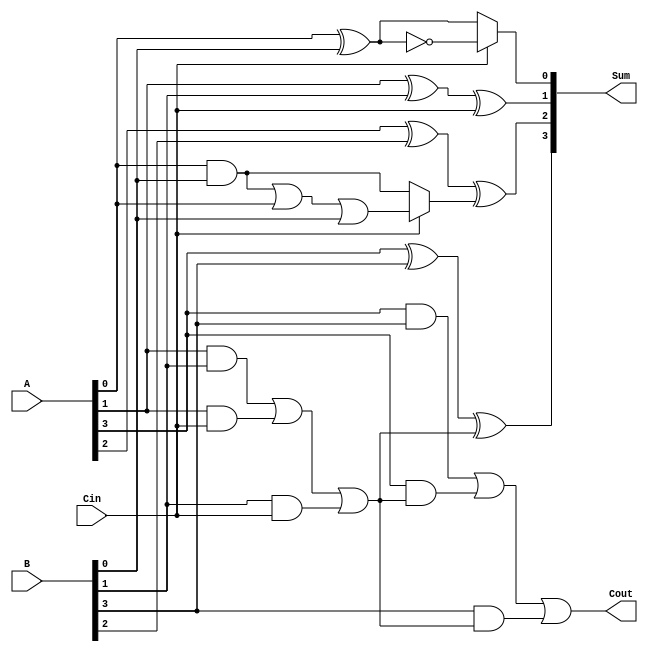
module DynamicCarrySelectAdder #(
    parameter WIDTH = 4 // Parameter for bit-width
)(
    input [WIDTH-1:0] A,     // First operand
    input [WIDTH-1:0] B,     // Second operand
    input Cin,                // Carry input
    output [WIDTH-1:0] Sum,   // Sum output
    output Cout               // Carry output
);

    // Internal signals
    wire [WIDTH-1:0] Sum0;   // Sum when carry-in is 0
    wire [WIDTH-1:0] Sum1;   // Sum when carry-in is 1
    wire [WIDTH-1:0] Cout0;   // Carry out when carry-in is 0
    wire [WIDTH-1:0] Cout1;   // Carry out when carry-in is 1
    wire [WIDTH:0] Carry;     // Carry propagation

    // Generate sum and carry for carry-in = 0
    genvar i;
    generate
        for (i = 0; i < WIDTH; i = i + 1) begin : CSA_block
            if (i == 0) begin
                assign Sum0[i] = A[i] ^ B[i] ^ 1'b0; // Sum with Cin = 0
                assign Cout0[i] = (A[i] & B[i]) | (A[i] & 1'b0) | (B[i] & 1'b0); // Carry out with Cin = 0
            end else begin
                assign Sum0[i] = A[i] ^ B[i] ^ Carry[i-1]; // Sum with Cin = 0
                assign Cout0[i] = (A[i] & B[i]) | (A[i] & Carry[i-1]) | (B[i] & Carry[i-1]); // Carry out with Cin = 0
            end
        end
    endgenerate

    // Generate sum and carry for carry-in = 1
    generate
        for (i = 0; i < WIDTH; i = i + 1) begin : CSA_block1
            if (i == 0) begin
                assign Sum1[i] = A[i] ^ B[i] ^ 1'b1; // Sum with Cin = 1
                assign Cout1[i] = (A[i] & B[i]) | (A[i] & 1'b1) | (B[i] & 1'b1); // Carry out with Cin = 1
            end else begin
                assign Sum1[i] = A[i] ^ B[i] ^ Carry[i-1]; // Sum with Cin = 1
                assign Cout1[i] = (A[i] & B[i]) | (A[i] & Carry[i-1]) | (B[i] & Carry[i-1]); // Carry out with Cin = 1
            end
        end
    endgenerate

    // Carry propagation logic
    assign Carry[0] = Cin; // Initial carry input
    generate
        for (i = 1; i <= WIDTH; i = i + 1) begin : Carry_Propagation
            assign Carry[i] = (Cin) ? Cout1[i-1] : Cout0[i-1]; // Select carry based on Cin
        end
    endgenerate

    // MUX to select final sum and carry out
    assign Sum = (Cin) ? Sum1 : Sum0; // Select sum based on Cin
    assign Cout = (Cin) ? Cout1[WIDTH-1] : Cout0[WIDTH-1]; // Select carry out based on Cin

endmodule